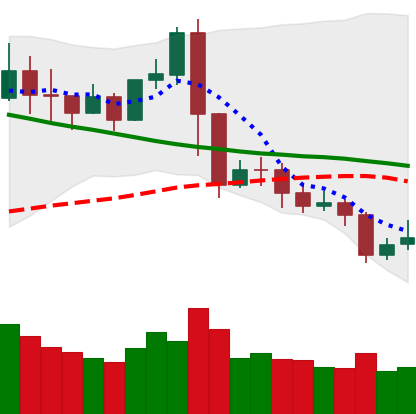
Ticker: XRP-USD
Chart end date: 2019-11-17
Forward return: -12.687%
Label: down_7plus